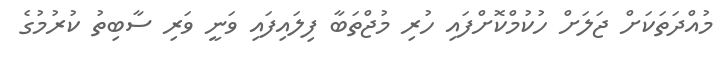
މުއްދަތަކަށް ޖަލަށް ހުކުމްކޮށްފައި ހުރި މުޖްތަބާ ފިލައިފައި ވަނީ ވަރި ސާބިތު ކުރުމުގެ